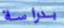
بدراسة